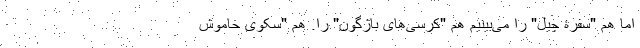
اما هم "سفرۀ چیل" را می‌بینیم هم "کرسی‌های باژگون" را. هم "سکوی خاموش